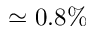
\simeq 0 . 8 \%